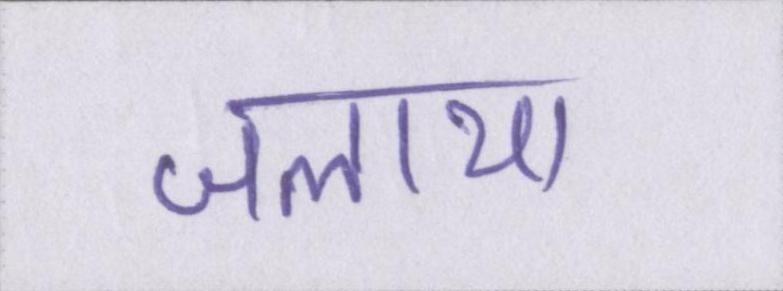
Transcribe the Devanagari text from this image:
जलाया